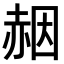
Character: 𧹢